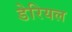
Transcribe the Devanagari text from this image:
डेरियल